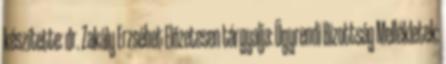
készítette: dr. Zakály Erzsébet Előzetesen tárgyalja: Ügyrendi Bizottság Mellékletek: